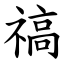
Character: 禞